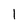
Character: 1